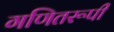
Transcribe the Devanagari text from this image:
गणितरूपी